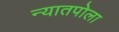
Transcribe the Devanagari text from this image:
न्यातपोला